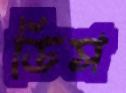
ডিস